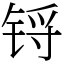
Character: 锊